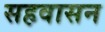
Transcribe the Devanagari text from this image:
सहवासन